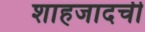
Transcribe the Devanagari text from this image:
शाहजादची